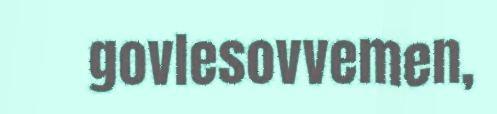
govlesovvemen,